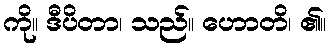
ကို။ ဒီပိတာ၊ သည်။ ဟောတိ၊ ၏။